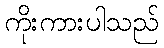
ကိုးကားပါသည်